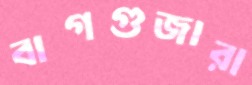
বাগগুজারা